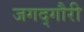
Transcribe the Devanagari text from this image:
जगद्‌गौरी